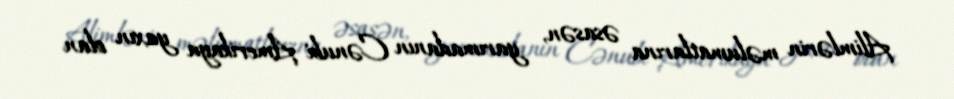
Alimlərin məlumatlarına əsasən, yarımadanın Cənubi Amerikaya yaxın olan